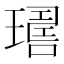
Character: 𤩇